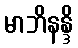
မာဘိနန္ဒိ